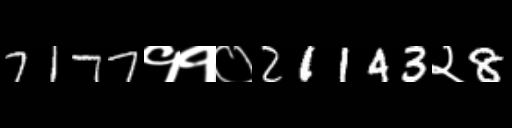
Text: 7177११०21143२8